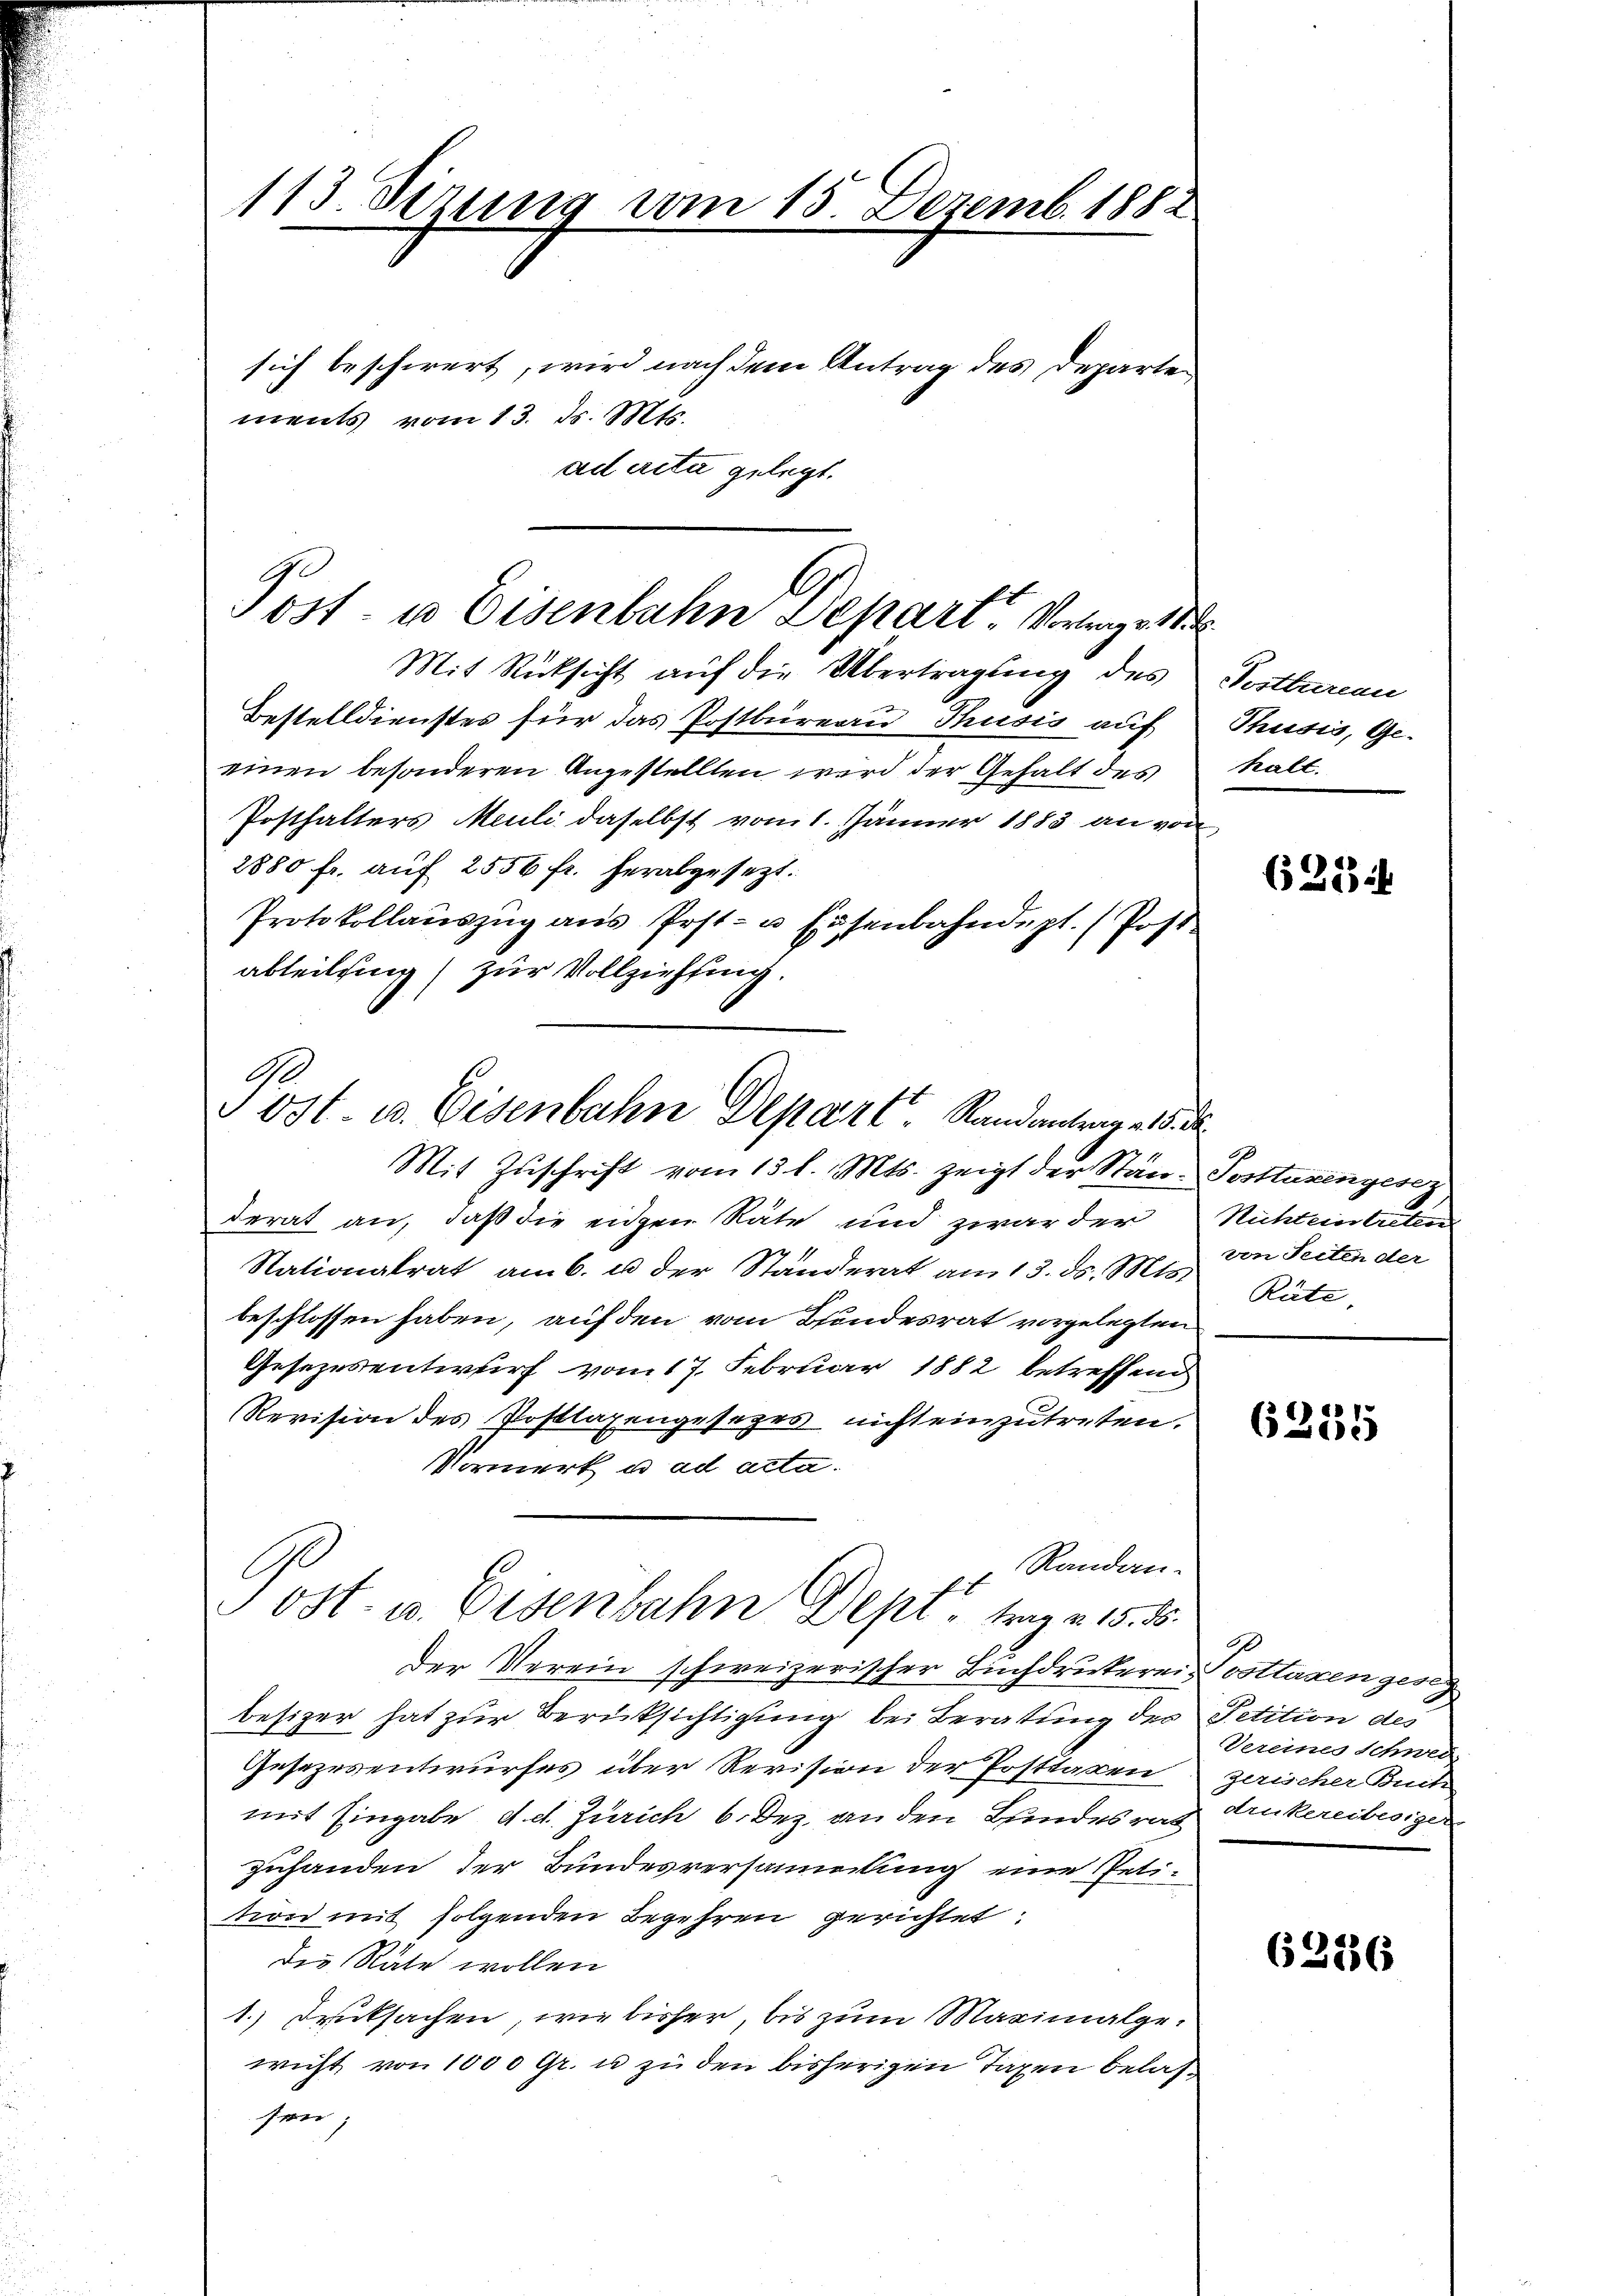
113. Dezung vom 15. Dezemb. 188
sich beschwert, wird nach dem Antrag des Departements vom 13. ds. Mts.

ad acta gelegt.

Post- u Eisenbahn Depart Vortrage 18

Post- u. Eisenbahn Depart. Standantrage 18. d.
Mit Zuschrift vom 13. l. Mts. zeigt der Stän-Postturengesez

Mit Rücksicht auf die Übertragung des Posttarian
Bestelldienstes für das Postbüreau, Thusis auf
einen besonderen Angestellten wird der Gehalt des
Posthalters Meuli daselbst vom 1. Jänner 1883 an von
2880 fr. auf 2556 fr. herabgesezt.
Protokollaŭszŭg ans Post- u. Eisenbahndept. (Post-
abteilung zur Vollziehung

derat an, daß die eigen Räte und zwar der
Nationalrat am 6. u. der Ständerat am 13. ds. Mts. Rüte.
beschlossen haben, auf den vom Bundesrat vorgelegten
Gesezesentwurf vom 17. Februar 1882 betreffend
Revision des Posttaxengesezes nicht einzutreten.
Vormerk u. ad acta.
Randen.
Der Verein schweizerischer Buchdruckerei Posttaxen gesig
besizer hat zur Berüksichtigung bei Beratung der Petition des
Gesezesentwurfes über Revision der Posttaxen
mit Eingabe d. d. Zürich 6 Dez. an den Bundesrath Drukereibesiger
zuhanden der Bundesversammlung eine Petinon mit folgenden Begehren gerichtet
die Rate wollen
1.) Drucksachen, wie bisher, bis zum Maximalgewicht von 1000 Gr. u zu den bisherigen Taxen belassen;

Post- u. Eisenbahn Dept, trag v. 15. 15.

Thusis, Ge-
kalt.

621 i

Richteintreten
von Seiten der

6255

Vereines Schwed
zerischer Buch

63286